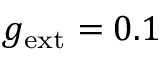
g _ { \mathrm { e x t } } = 0 . 1